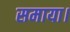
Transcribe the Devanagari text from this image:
समाया।